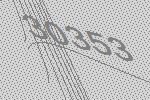
30353